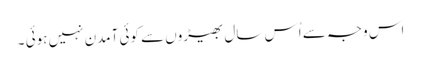
اس وجہ سے اُس سال بھیڑوں سے کوئی آمدن نہیں ہوئی ۔